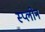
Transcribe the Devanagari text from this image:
स्प्लोन